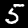
Digit: 5